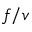
f / v